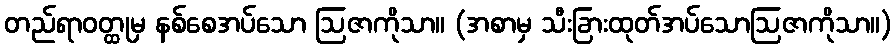
တည်ရာဝတ္ထုမှ နစ်စေအပ်သော ဩဇာကိုသာ။ (အစာမှ သီးခြားထုတ်အပ်သောဩဇာကိုသာ။)